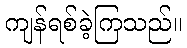
ကျန်ရစ်ခဲ့ကြသည်။